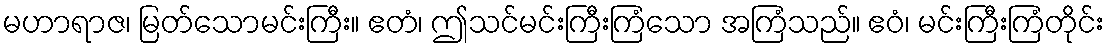
မဟာရာဇ၊ မြတ်သောမင်းကြီး။ ဧတံ၊ ဤသင်မင်းကြီးကြံသော အကြံသည်။ ဧဝံ၊ မင်းကြီးကြံတိုင်း